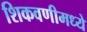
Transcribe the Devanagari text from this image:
शिकवणीमध्ये